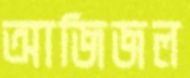
আজিজল